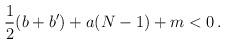
LaTeX: \begin{align*} \frac12(b+b')+a(N-1)+m<0\,.\end{align*}